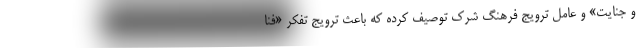
و جنایت» و عامل ترویج فرهنگ شرک توصیف کرده که باعث ترویج تفکر «فنا